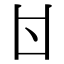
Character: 𠁿